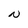
Character: N